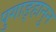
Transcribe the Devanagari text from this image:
पुगाङ्हानुन